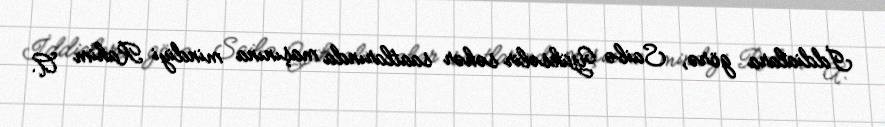
İddialara görə, Saibə Yüksəlir səhər saatlarında maşınına mindiyi Rahim A.